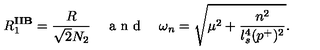
R _ { 1 } ^ { \mathbf { I I B } } = \frac { R } { \sqrt { 2 } N _ { 2 } } \quad \textrm { a n d } \quad \omega _ { n } = \sqrt { \mu ^ { 2 } + \frac { n ^ { 2 } } { l _ { s } ^ { 4 } ( p ^ { + } ) ^ { 2 } } } .